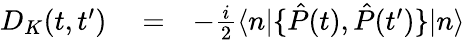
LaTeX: \begin{array}{rlr}{D_{K}(t,t^{\prime})}&{{}=}&{-\frac{i}{2}\langle n|\{ \hat{P}(t),\hat{P}(t^{\prime})\} |n\rangle}\end{array}